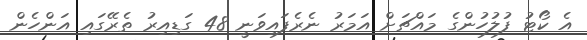
އެ ކޯޓު ފުލުހުންގެ މައްޗަށް އަމަރު ނެރެފައިވަނީ 48 ގަޑިއިރު ތެރޭގައި އަންހެން